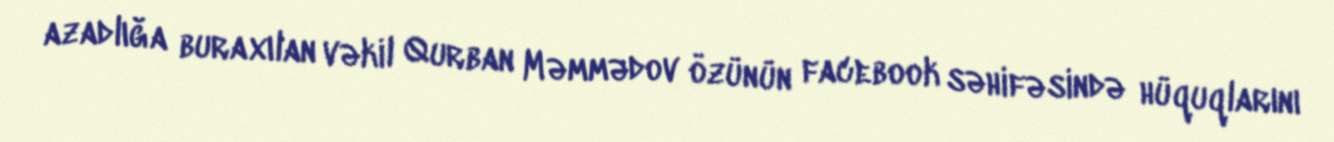
azadlığa buraxılan vəkil Qurban Məmmədov özünün facebook səhifəsində hüquqlarını